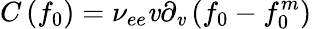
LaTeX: C\left({{f_{0}}}\right)={\nu_{ee}}\mathit{v}{\partial_{\mathit{v}}}\left({{f_{0}}-f_{0}^{m}}\right)